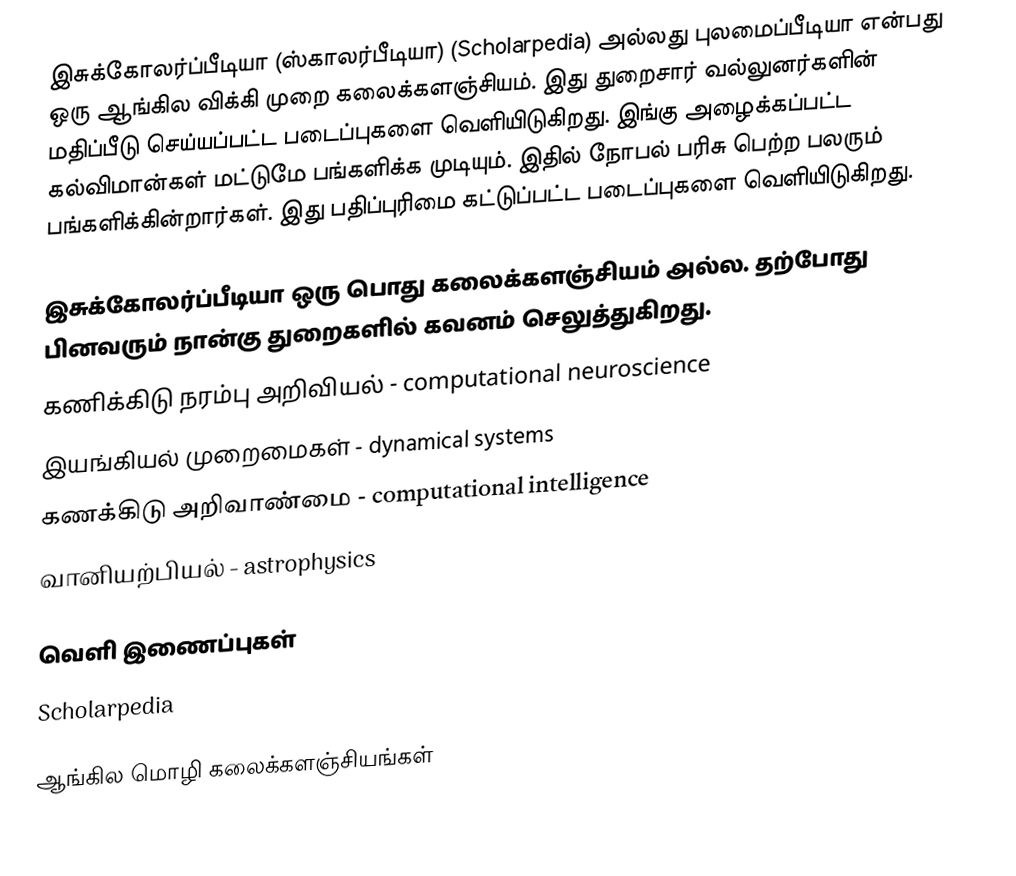
இசுக்கோலர்ப்பீடியா (ஸ்காலர்பீடியா) (Scholarpedia) அல்லது புலமைப்பீடியா என்பது ஒரு ஆங்கில விக்கி முறை கலைக்களஞ்சியம்.  இது துறைசார் வல்லுனர்களின் மதிப்பீடு செய்யப்பட்ட படைப்புகளை வெளியிடுகிறது.  இங்கு அழைக்கப்பட்ட கல்விமான்கள் மட்டுமே பங்களிக்க முடியும்.  இதில் நோபல் பரிசு பெற்ற பலரும் பங்களிக்கின்றார்கள்.  இது பதிப்புரிமை கட்டுப்பட்ட படைப்புகளை வெளியிடுகிறது.

இசுக்கோலர்ப்பீடியா ஒரு பொது கலைக்களஞ்சியம் அல்ல.  தற்போது பினவரும் நான்கு துறைகளில் கவனம் செலுத்துகிறது.
 கணிக்கிடு நரம்பு அறிவியல் - computational neuroscience
 இயங்கியல் முறைமைகள் - dynamical systems
 கணக்கிடு அறிவாண்மை - computational intelligence
 வானியற்பியல் - astrophysics

வெளி இணைப்புகள்
 Scholarpedia

ஆங்கில மொழி கலைக்களஞ்சியங்கள்